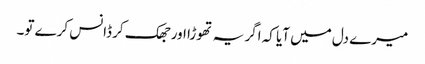
میرے دل میں آیا کہ اگر یہ تھوڑا اور جھک کر ڈانس کرے تو۔